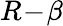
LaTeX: R\! -\! \beta